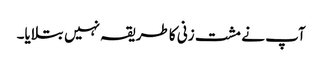
آپ نے مشت زنی کا طریقہ نہیں بتلایا۔